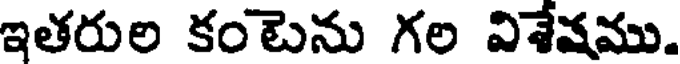
ఇతరుల కంటెను గల విశేషము.